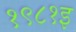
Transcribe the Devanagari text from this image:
१९८१इ